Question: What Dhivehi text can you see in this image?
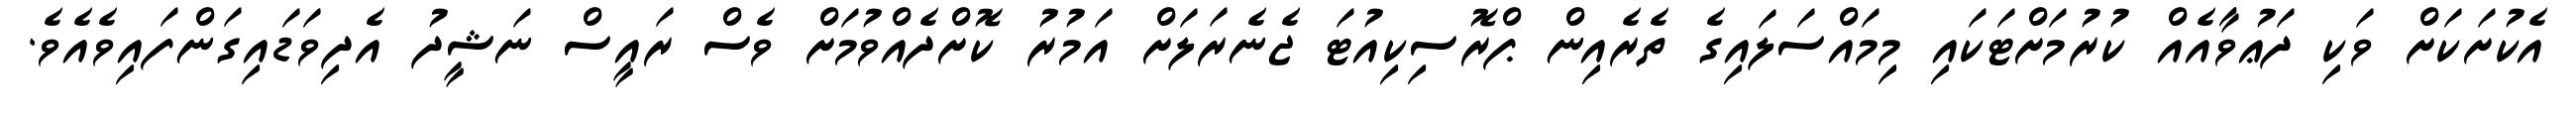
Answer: އެކުށަކަށް ވަކި ދަޢުވާއެއް ކުރުމަށްޓަކައި މިމައްސަލައިގެ ތެރެއިން ޕްރޮސިކިއުޓަ ޖެނެރަލަށް އަމުރު ކޮށްދެއްވުމަށް ވެސް ރައީސް ނަޝީދު އެދިވަޑައިގަންފައިވެއެވެ.